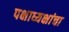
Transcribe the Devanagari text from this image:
पक्षाध्यक्षांचा